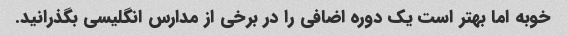
خوبه اما بهتر است یک دوره اضافی را در برخی از مدارس انگلیسی بگذرانید.